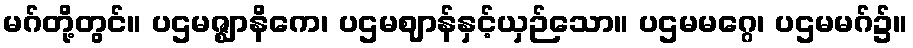
မဂ်တို့တွင်။ ပဌမဇ္ဈာနိကေ၊ ပဌမဈာန်နှင့်ယှဉ်သော။ ပဌမမဂ္ဂေ၊ ပဌမမဂ်၌။